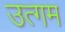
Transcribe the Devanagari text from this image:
उत्गम